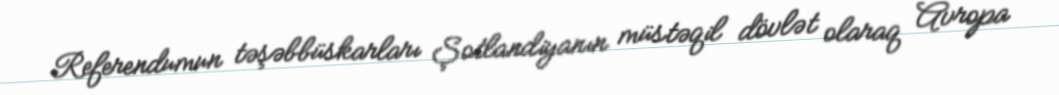
Referendumun təşəbbüskarları Şotlandiyanın müstəqil dövlət olaraq Avropa